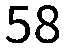
58